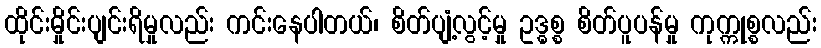
ထိုင်းမှိုင်းပျင်းရိမှုလည်း ကင်းနေပါတယ်၊ စိတ်ပျံ့လွင့်မှု ဥဒ္ဓစ္စ စိတ်ပူပန်မှု ကုက္ကုစ္စလည်း